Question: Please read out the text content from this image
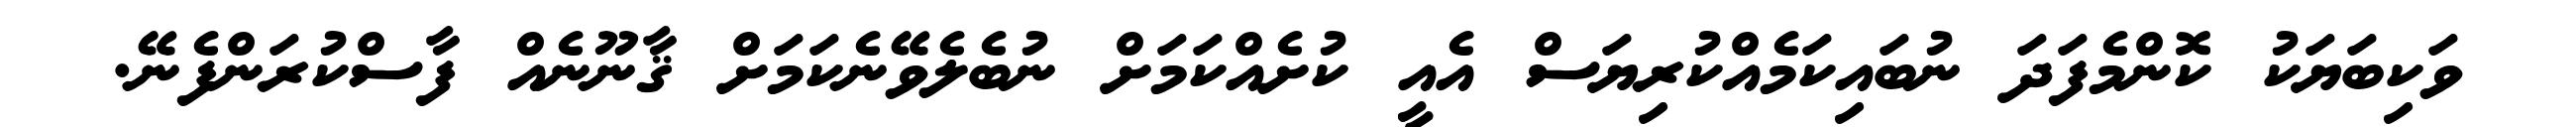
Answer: ވަކިބަޔަކު ކޮންމެފަދަ ނުބައިކަމެއްކުރިޔަސް އެއީ ކުށެއްކަމަށް ނުބެލެވޭނެކަމަށް ޤާނޫނެއް ފާސްކުރަންފެނޭ.